Regulations for the medical services of the Army of India
Year: 1930
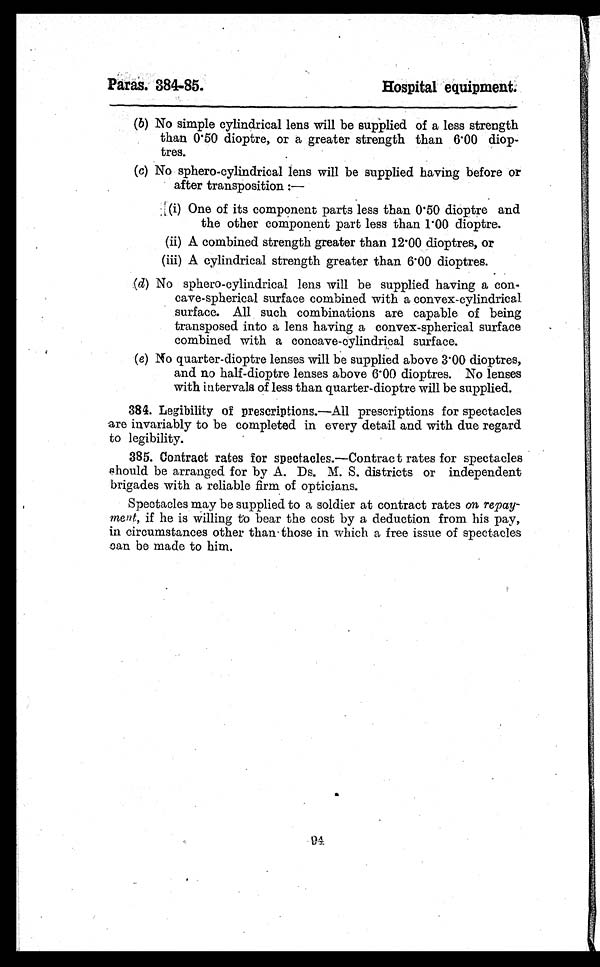
Paras. 384-85.
Hospital equipment.
( b) No simple cylindrical lens will be supplied of a less strength
than 0.50 dioptre, or a greater strength than 6.00 diop-
tres.
(c) No sphero-cylindrical lens will be supplied having before or
after transposition:—
(i) One of its component parts less than 0.50 dioptre and
the other component part less than 1.00 dioptre.
(ii) A combined strength greater than 12.00 dioptres, or
(iii) A cylindrical strength greater than 6.00 dioptres.
(d) No sphero-cylindrical lens will be supplied having a con-
cave-spherical surface combined with a convex-cylindrical
surface. All such combinations are capable of being
transposed into a lens having a convex-spherical surface
combined with a concave-cylindrical surface.
(e) No quarter-dioptre lenses will be supplied above 3.00 dioptres,
and no half-dioptre lenses above 6.00 dioptres. No lenses
with intervals of less than quarter-dioptre will be supplied.
384. Legibility of prescriptions. —All prescriptions for spectacles
are invariably to be completed in every detail and with due regard
to legibility.
385. Contract rates for spectacles. —Contract rates for spectacles
should be arranged for by A. Ds. M. S. districts or independent
brigades with a reliable firm of opticians.
Spectacles may be supplied to a soldier at contract rates on repay-
ment, if he is willing to bear the cost by a deduction from his pay,
in circumstances other than those in which a free issue of spectacles
can be made to him.